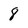
Character: 8